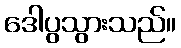
ဒေါပွသွားသည်။